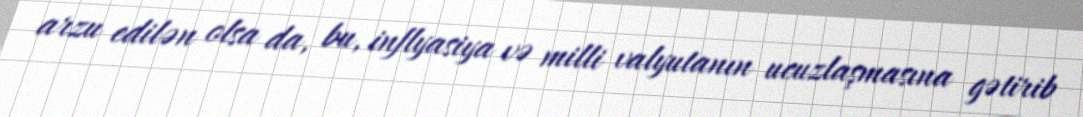
arzu edilən olsa da, bu, inflyasiya və milli valyutanın ucuzlaşmasına gətirib